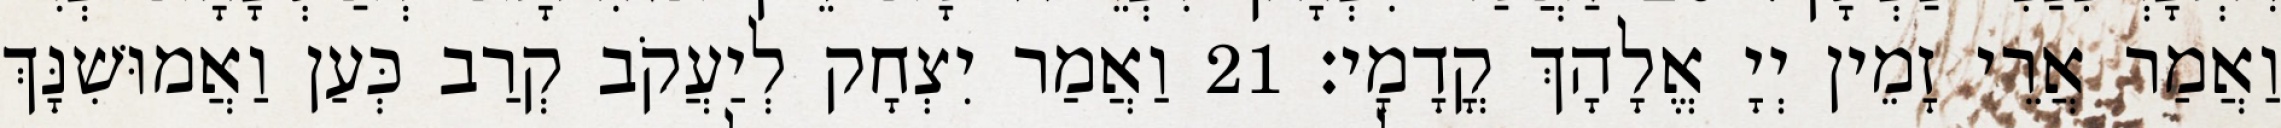
וַאֲמַר אֲרֵי זָמֵין יְיָ אֱלָהָךְ קֳדָמָי׃ 21 וַאֲמַר יִצְחָק לְיַעֲקֹב קְרַב כְּעַן וַאֲמוּשִׁנָּךְ